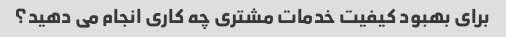
برای بهبود کیفیت خدمات مشتری چه کاری انجام می دهید؟